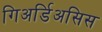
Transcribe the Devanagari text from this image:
गिअर्डिअसिस